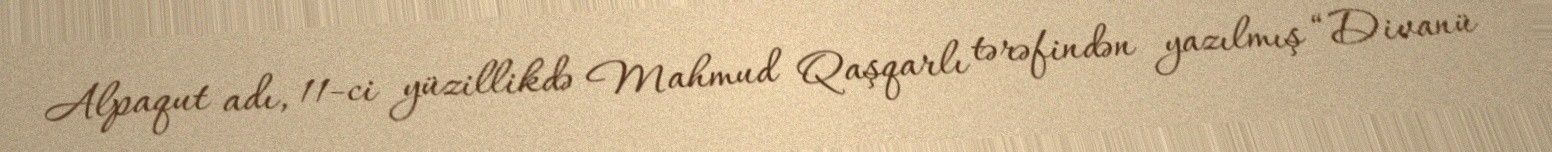
Alpaqut adı, 11-ci yüzillikdə Mahmud Qaşqarlı tərəfindən yazılmış “Divanü